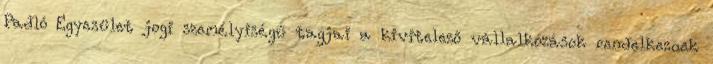
Padló Egyesület jogi személyiségű tagjai a kivitelező vállalkozások rendelkeznek